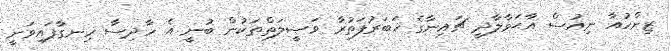
ޒިންހުއާ ނިއުސް އާޙަވާލާދީ ޗައިނާގެ ޚަބަރުފަތުރާ ވަޞީލަތްތަކުން ބުނީ އެ ހާދިސާ ހިނގާފައިވަނީ